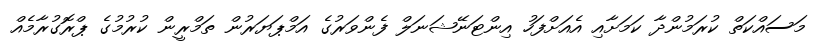
މަސައްކަތް ކުރަމުންދާ ކަމަށާއި އެއަށްފަހު އިންޓަނޭޝަނަލް ފެންވަރުގެ އަމްޕަޔަރުން ތަމްރީން ކުރުމުގެ ޕްރޮގުރާމެއް